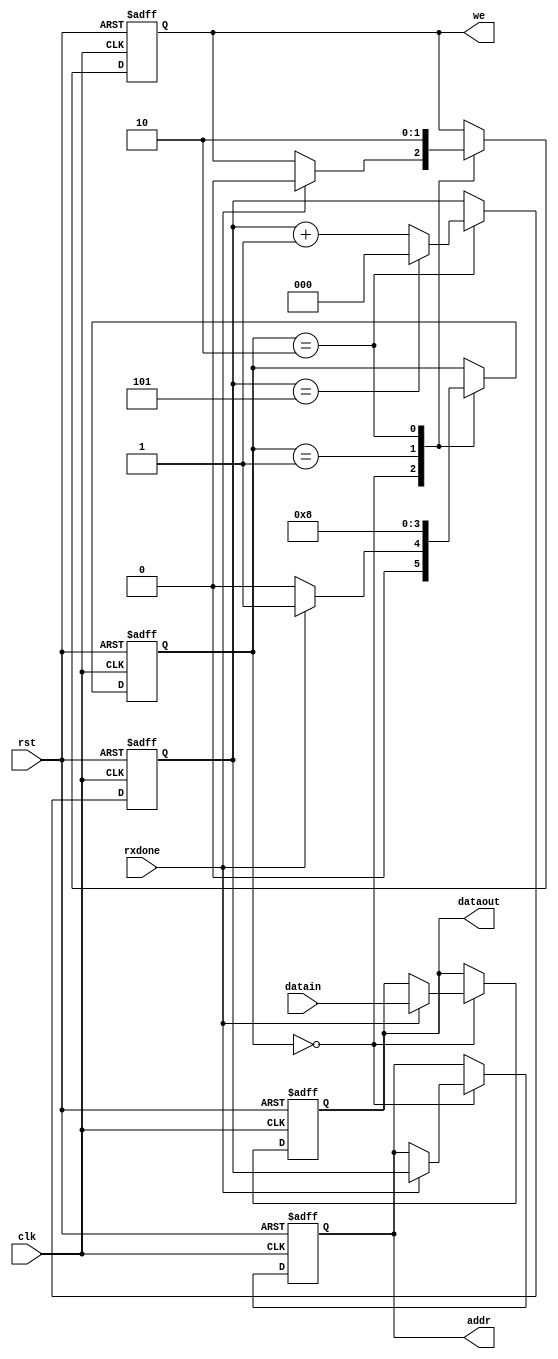
module controlwrite(
input clk, rst,
input [7:0] datain,
input rxdone,

output reg [2:0] addr,
output reg [7:0] dataout,
output reg we
);


reg [1:0] state;
reg [2:0] cnt;

parameter IDLE = 0, WE = 1, COND = 2;


always@(posedge clk, negedge rst)
begin
	if(!rst)
		begin
		state <= IDLE;
		cnt <= 3'd0;
		addr <= 0;
		dataout <= 0;
		we <= 0;
		end
	else
		begin
		case(state)
			IDLE:
				begin
				if(rxdone)
					begin
					addr <= cnt;
					dataout <= datain;
					we <= 0;
					state <= WE;
					end
				else
					state <= IDLE;
				end
			WE:
				begin
				we <= 1'b1;
				state <= COND;
				end
			COND:
				begin
				if(cnt==3'd5)
					begin
					cnt <= 3'd0;
					we <= 0;
					state <= IDLE;
					end
				else
					begin
					cnt <= cnt + 3'd1;
					we <= 0;
					state <= IDLE;
					end
				end
		endcase
		end
end

endmodule